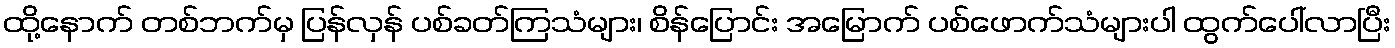
ထို့နောက် တစ်ဘက်မှ ပြန်လှန် ပစ်ခတ်ကြသံများ၊ စိန်ပြောင်း အမြောက် ပစ်ဖောက်သံများပါ ထွက်ပေါ်လာပြီး